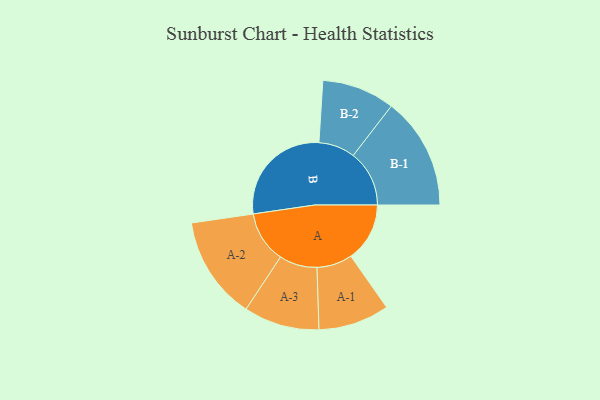
{"axis": {"x": "Segment", "y": "Value"}, "legend": ["", "A", "B"], "data": [{"x": "A", "y": 252, "type": ""}, {"x": "B", "y": 467, "type": ""}, {"x": "A-1", "y": 152, "type": "A"}, {"x": "A-2", "y": 221, "type": "A"}, {"x": "A-3", "y": 162, "type": "A"}, {"x": "B-1", "y": 240, "type": "B"}, {"x": "B-2", "y": 156, "type": "B"}]}